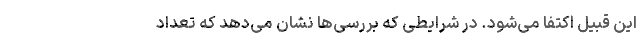
این قبیل اکتفا می‌شود. در شرایطی که بررسی‌ها نشان می‌دهد که تعداد